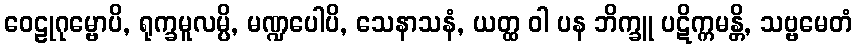
ဝေဠုဂုမ္ဗောပိ, ရုက္ခမူလမ္ပိ, မဏ္ဍပေါပိ, သေနာသနံ, ယတ္ထ ဝါ ပန ဘိက္ခူ ပဋိက္ကမန္တိ, သဗ္ဗမေတံ